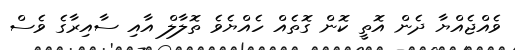
ވެއްޖެއްޔާ ދެން އޮތީ ކޮން ގޮތެއް ހެއްޔެވެ ތޮލާލް އާއި ސާއިރާގެ ވެސް